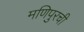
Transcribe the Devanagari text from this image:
मणिपुरची